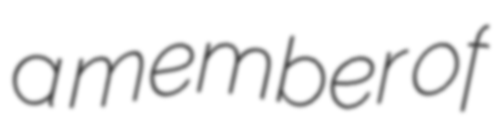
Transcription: a member of